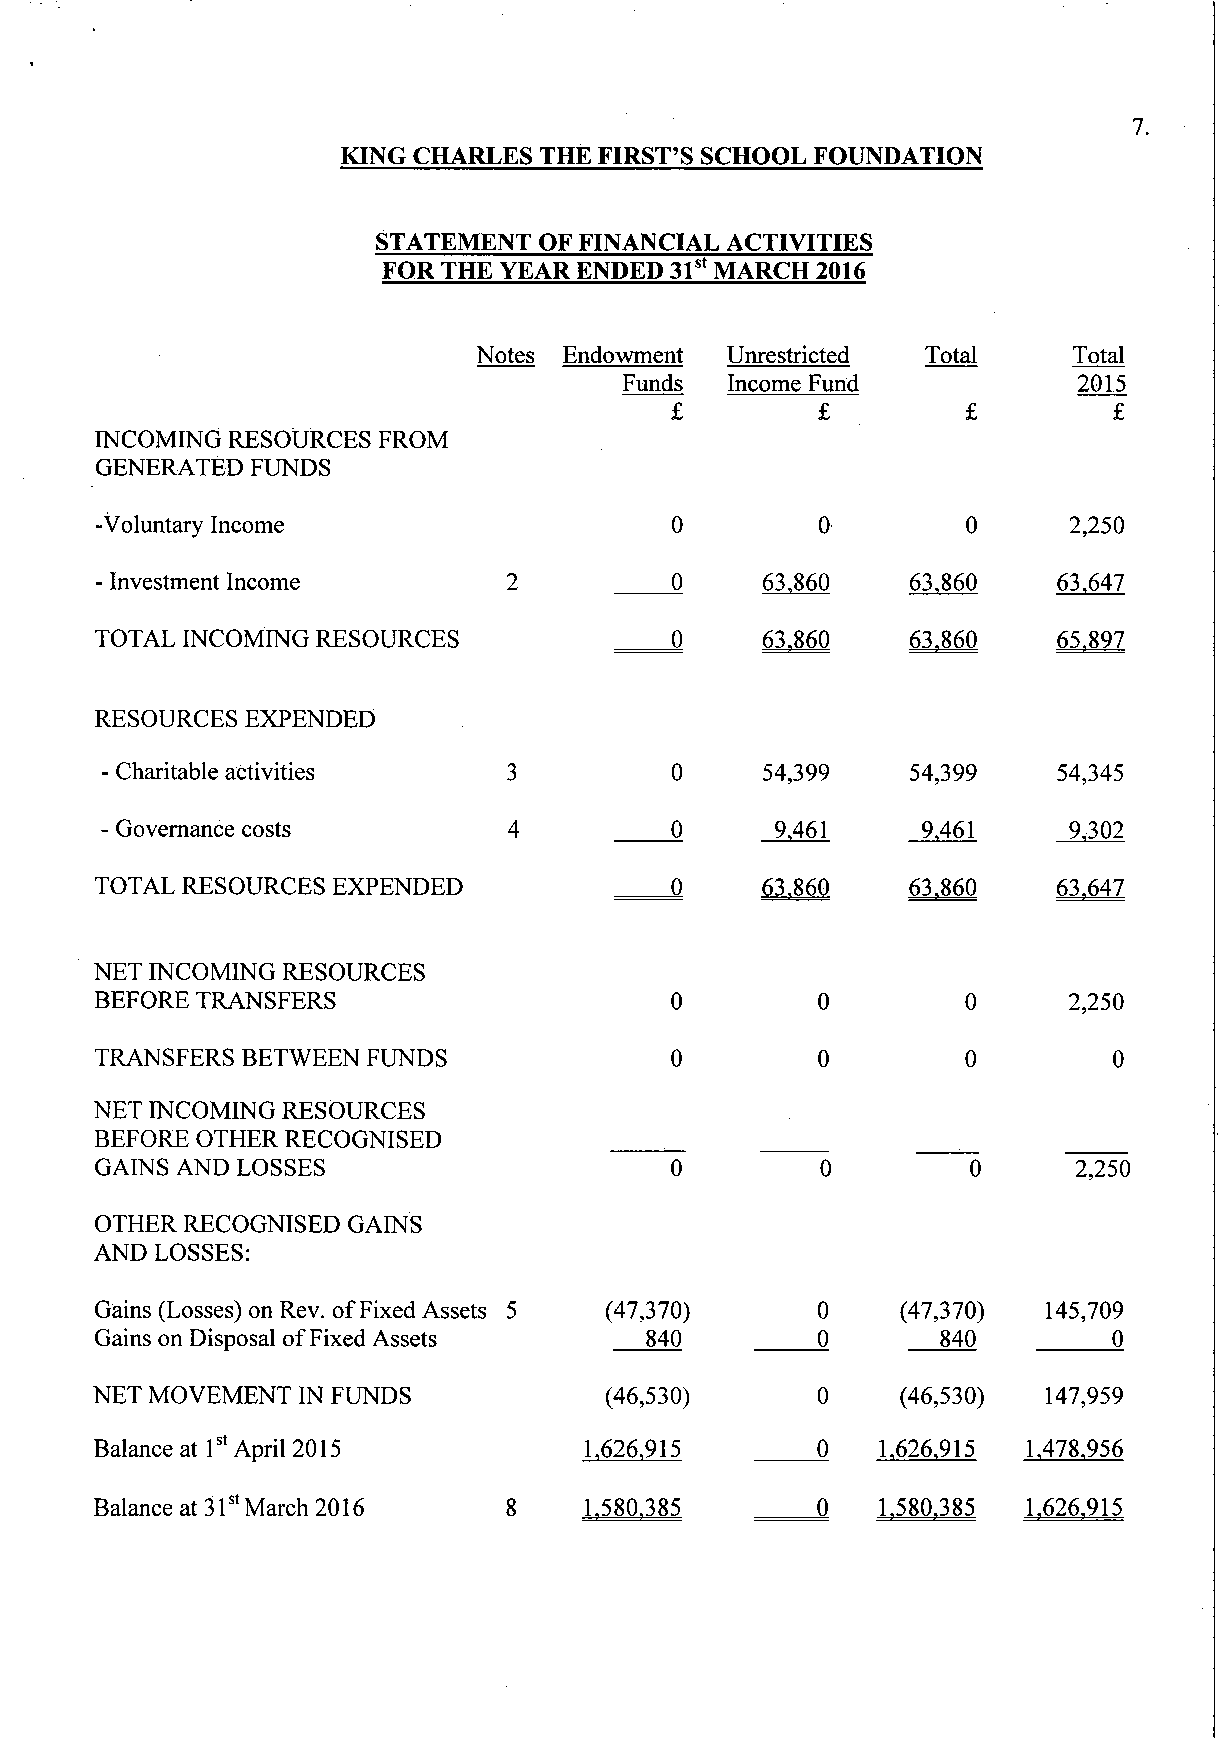
7.
 KING CHARLES THE FIRST'S SCHOOL FOUNDATION
 STATEMENT  OF FINANCIAL ACTIVITIES
 FOR THE YEAR ENDED 31st MARCH 2016
 Notes Endowment Unrestricted Total     Total
 Funds  Income Fund            2015
 £         £         £         £
 INCOMING RESOURCES FROM
 GENERATED  FUNDS
 -Voluntary Income                     0         0         0      2,250
 - Investment Income         2         0     63,860    63,860    63,647
 TOTAL INCOMING RESOURCES              0     63,860    63,860    65.897
 RESOURCES  EXPENDED
 - Charitable activities    3         0     54,399    54,399    54,345
 - Governance costs         4         0      9,461     9,461     9,302
 TOTAL RESOURCES EXPENDED              0     63,860    63,860    63.647
 NET INCOMING RESOURCES
 BEFORE TRANSFERS                      0         0         0      2,250
 TRANSFERS BETWEEN FUNDS               0         0         0         0
 NET INCOMING RESOURCES
 BEFORE OTHER RECOGNISED
 GAINS AND LOSSES                      0         0         0      2,250
 OTHER RECOGNISED GAINS
 AND LOSSES:
 Gains (Losses) on Rev. of Fixed Assets 5 (47,370) 0   (47,370) 145,709
 Gains on Disposal of Fixed Assets    840        0       840         0
 NET MOVEMENT  IN FUNDS            (46,530)      0     (46,530) 147,959
 Balance at 1st April 2015        1,626,915      0   1.626.915 1,478.956
 Balance at 31st March 2016  8    1.580.385      0   1.580.385 1.626.915